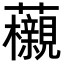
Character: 𧅜